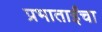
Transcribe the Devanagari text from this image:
प्रभाताईंचा